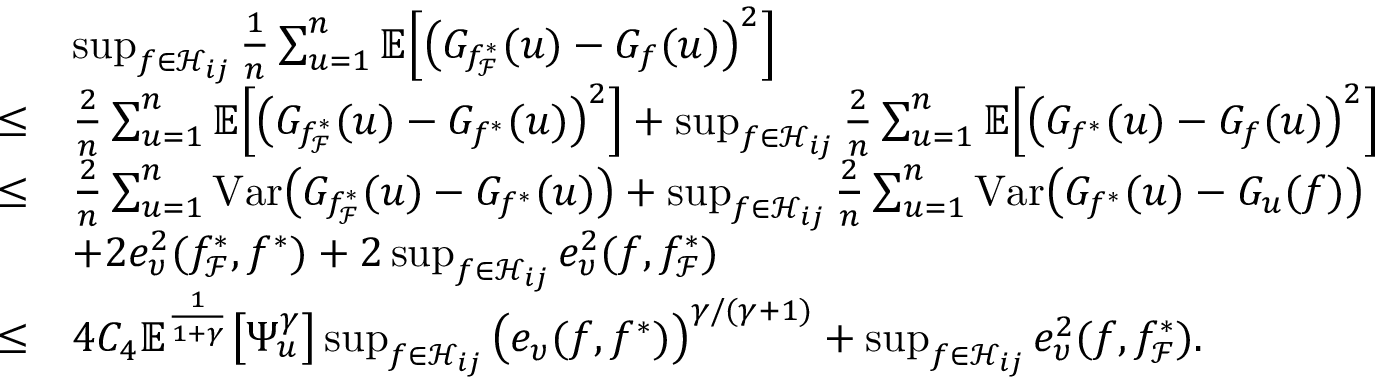
\begin{array} { r l } & { \operatorname* { s u p } _ { f \in \mathcal { H } _ { i j } } \frac { 1 } { n } \sum _ { u = 1 } ^ { n } \mathbb { E } \Big [ \big ( G _ { f _ { \mathcal { F } } ^ { * } } ( u ) - G _ { f } ( u ) \big ) ^ { 2 } \Big ] } \\ { \leq } & { \frac { 2 } { n } \sum _ { u = 1 } ^ { n } \mathbb { E } \Big [ \big ( G _ { f _ { \mathcal { F } } ^ { * } } ( u ) - G _ { f ^ { * } } ( u ) \big ) ^ { 2 } \Big ] + \operatorname* { s u p } _ { f \in \mathcal { H } _ { i j } } \frac { 2 } { n } \sum _ { u = 1 } ^ { n } \mathbb { E } \Big [ \big ( G _ { f ^ { * } } ( u ) - G _ { f } ( u ) \big ) ^ { 2 } \Big ] } \\ { \leq } & { \frac { 2 } { n } \sum _ { u = 1 } ^ { n } \mathrm { V a r } \big ( G _ { f _ { \mathcal { F } } ^ { * } } ( u ) - G _ { f ^ { * } } ( u ) \big ) + \operatorname* { s u p } _ { f \in \mathcal { H } _ { i j } } \frac { 2 } { n } \sum _ { u = 1 } ^ { n } \mathrm { V a r } \big ( G _ { f ^ { * } } ( u ) - G _ { u } ( f ) \big ) } \\ & { + 2 e _ { \upsilon } ^ { 2 } ( f _ { \mathcal { F } } ^ { * } , f ^ { * } ) + 2 \operatorname* { s u p } _ { f \in \mathcal { H } _ { i j } } e _ { \upsilon } ^ { 2 } ( f , f _ { \mathcal { F } } ^ { * } ) } \\ { \leq } & { 4 C _ { 4 } \mathbb { E } ^ { \frac { 1 } { 1 + \gamma } } \big [ \Psi _ { u } ^ { \gamma } \big ] \operatorname* { s u p } _ { f \in \mathcal { H } _ { i j } } \big ( e _ { \upsilon } ( f , f ^ { * } ) \big ) ^ { \gamma / ( \gamma + 1 ) } + \operatorname* { s u p } _ { f \in \mathcal { H } _ { i j } } e _ { \upsilon } ^ { 2 } ( f , f _ { \mathcal { F } } ^ { * } ) . } \end{array}